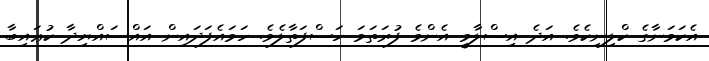
އެކަމަނާގެ ކްލިނިކެވެ. އަދެ އިސްލާމީ އެންމެ ފުރަތަމަ ހަސްފަތާލެވެ. ހަމައެފަދައިން އައްސައްޔިދާ ކުޢައިބާ